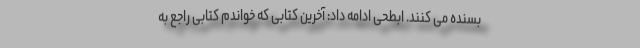
بسنده می کنند. ابطحی ادامه داد: آخرین کتابی که خواندم کتابی راجع به